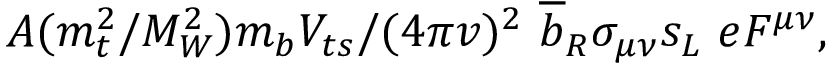
A ( m _ { t } ^ { 2 } / M _ { W } ^ { 2 } ) m _ { b } V _ { t s } / ( 4 \pi v ) ^ { 2 } ~ \overline { { { b } } } _ { R } \sigma _ { \mu \nu } s _ { L } ~ e F ^ { \mu \nu } ,